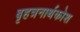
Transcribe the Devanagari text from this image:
बृहत्रनार्थकोश